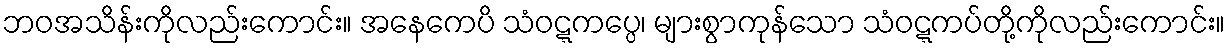
ဘဝအသိန်းကိုလည်းကောင်း။ အနေကေပိ သံဝဋ္ဋကပ္ပေ၊ များစွာကုန်သော သံဝဋ္ဋကပ်တို့ကိုလည်းကောင်း။